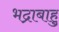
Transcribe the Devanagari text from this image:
भद्राबाहु